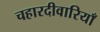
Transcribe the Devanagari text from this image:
चहारदीवारियाँ